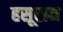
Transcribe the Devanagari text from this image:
हसूराम